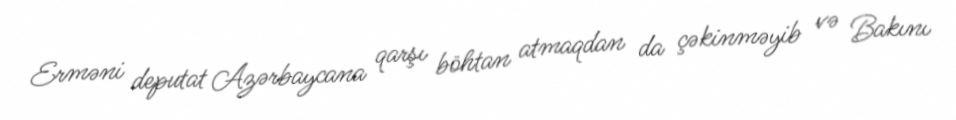
Erməni deputat Azərbaycana qarşı böhtan atmaqdan da çəkinməyib və Bakını